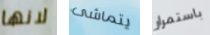
لانها يتماشى باستمرار